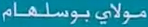
مولايیبوسلهام